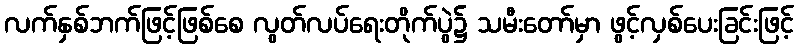
လက်နှစ်ဘက်ဖြင့်ဖြစ်စေ လွတ်လပ်ရေးတိုက်ပွဲ၌ သမီးတော်မှာ ဖွင့်လှစ်ပေးခြင်းဖြင့်